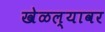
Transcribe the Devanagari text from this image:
खेळल्यावर